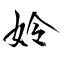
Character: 姈